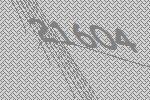
21604